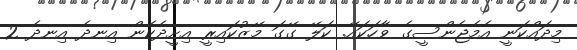
މިދައްކަނީ އެމެޖެންސީގެ ވާހަކައޭ. ކަލޭ ގޭގަ މޭޒުކައިރީ އިށީދެކެން އިނދެ އިނދެ 2